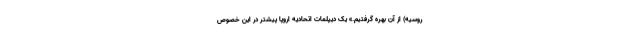
روسیه) از آن بهره گرفتیم.» یک دیپلمات اتحادیه اروپا پیشتر در این خصوص